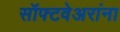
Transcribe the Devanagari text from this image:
सॉफ्टवेअरांना